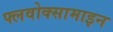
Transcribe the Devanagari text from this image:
फ्लवोक्सामाइन